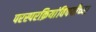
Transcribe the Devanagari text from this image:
परस्परक्रियांविषयीच्या